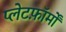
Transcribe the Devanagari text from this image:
प्लेटफ़ॉर्मों